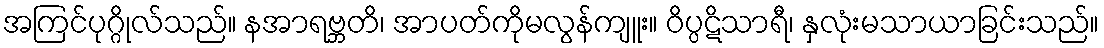
အကြင်ပုဂ္ဂိုလ်သည်။ နအာရဗ္ဘတိ၊ အာပတ်ကိုမလွန်ကျူး။ ဝိပ္ပဋိသာရီ၊ နှလုံးမသာယာခြင်းသည်။